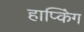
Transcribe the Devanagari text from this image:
हाप्किंग